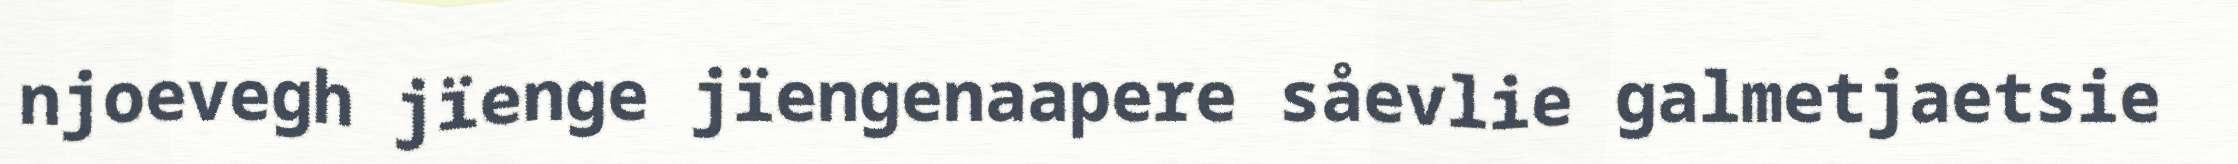
njoevegh jïenge jïengenaapere såevlie galmetjaetsie